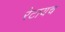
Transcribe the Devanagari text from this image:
रेटायच